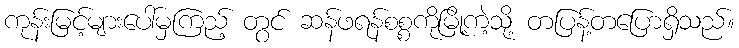
ကုန်းမြင့်များပေါ်မှကြည့် တွင် ဆန်ဖရန်စစ္စကိုမြို့ကဲ့သို့ တပြန့်တပြောရှိသည်။